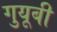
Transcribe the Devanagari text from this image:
गुयूबी